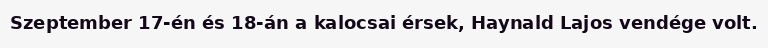
Szeptember 17-én és 18-án a kalocsai érsek, Haynald Lajos vendége volt.